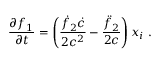
\frac { \partial f _ { 1 } } { \partial t } = \left( \frac { \dot { f } _ { 2 } \dot { c } } { 2 c ^ { 2 } } - \frac { \ddot { f } _ { 2 } } { 2 c } \right) x _ { i } \; .